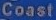
Coast